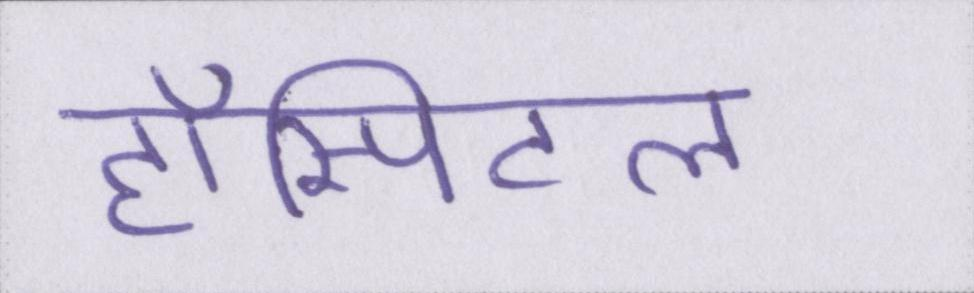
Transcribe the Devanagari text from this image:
हॉस्पिटल